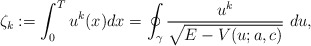
\begin{align*}\zeta_k:=\int_0^Tu^k(x)dx=\oint_\gamma\frac{u^k}{\sqrt{E-V(u;a,c)}}~du,\end{align*}